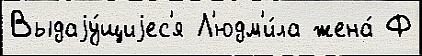
Выдаjу́щиjес'я Л'юдм'и́ла жена́ Ф